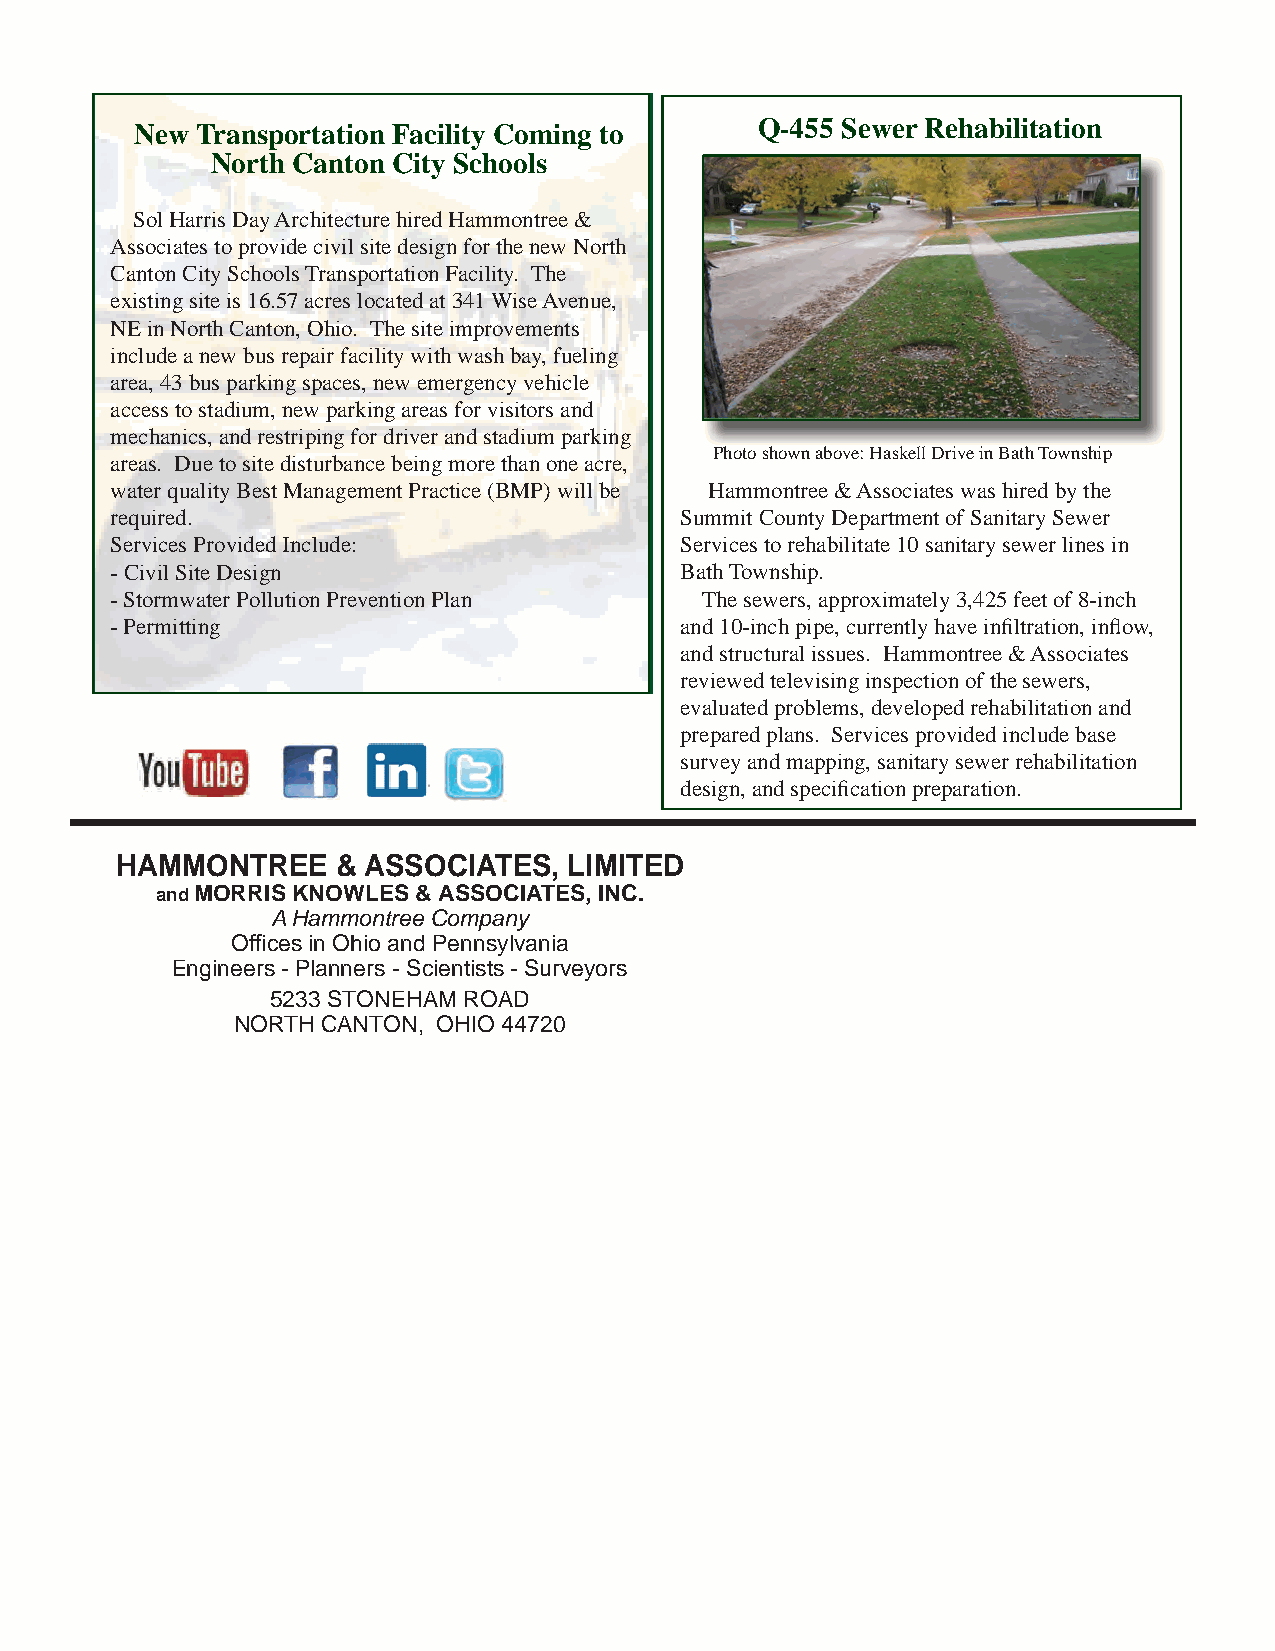
New Transportation Facility Coming to    Q-455 Sewer Rehabilitation
 North Canton City Schools
 Sol Harris Day Architecture hired Hammontree &
 Associates to provide civil site design for the new North
 Canton City Schools Transportation Facility. The
 existing site is 16.57 acres located at 341 Wise Avenue,
 NE in North Canton, Ohio. The site improvements
 include a new bus repair facility with wash bay, fueling
 area, 43 bus parking spaces, new emergency vehicle
 access to stadium, new parking areas for visitors and
 mechanics, and restriping for driver and stadium parking
 PPhhoto shhown abbove: HHaskkellll DDriive iin BBathh TTownshhiip
 areas. Due to site disturbance being more than one acre,
 water quality Best Management Practice (BMP) will be Hammontree & Associates was hired by the
 required.                             Summit County Department of Sanitary Sewer
 Services Provided Include:            Services to rehabilitate 10 sanitary sewer lines in
 - Civil Site Design                   Bath Township.
 - Stormwater Pollution Prevention Plan  The sewers, approximately 3,425 feet of 8-inch
 - Permitting                          and 10-inch pipe, currently have infi ltration, infl ow,
 and structural issues. Hammontree & Associates
 reviewed televising inspection of the sewers,
 evaluated problems, developed rehabilitation and
 prepared plans. Services provided include base
 survey and mapping, sanitary sewer rehabilitation
 design, and specifi cation preparation.
 HAMMONTREE    & ASSOCIATES,   LIMITED
 and MORRIS KNOWLES & ASSOCIATES, INC.
 A Hammontree Company
 Offi ces in Ohio and Pennsylvania
 Engineers - Planners - Scientists - Surveyors
 5233 STONEHAM ROAD
 NORTH CANTON, OHIO 44720